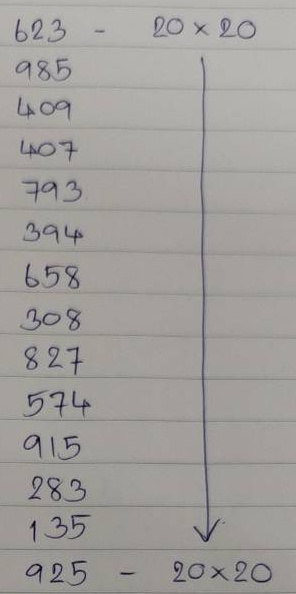
623 - 20 x 20
985 - 20 x 20
409 - 20 x 20
407 - 20 x 20
793 - 20 x 20
394 - 20 x 20
658 - 20 x 20
308 - 20 x 20
827 - 20 x 20
574 - 20 x 20
915 - 20 x 20
283 - 20 x 20
135 - 20 x 20
925 - 20 x 20